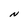
Character: N